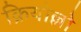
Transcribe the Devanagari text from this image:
क्रियोल्लो